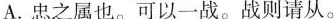
A.忠之属也。可以一战。战则请从。